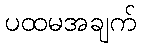
ပထမအချက်